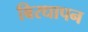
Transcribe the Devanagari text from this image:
बिरधापन